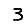
Digit: 3